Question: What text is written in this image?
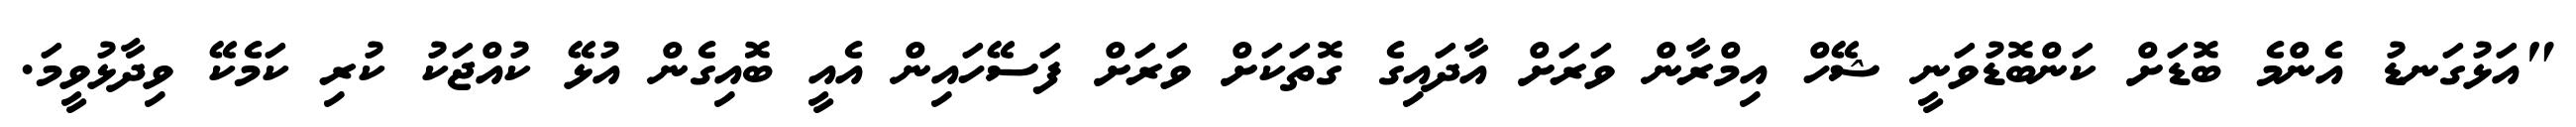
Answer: "އަޅުގަނޑު އެންމެ ބޮޑަށް ކަންބޮޑުވަނީ ޝޭހް އިމްރާން ވަރަށް އާދައިގެ ގޮތަކަށް ވަރަށް ފަސޭހައިން އެއީ ބޮއިގެން އުޅޭ ކުއްޖަކު ކުރި ކަމެކޭ ވިދާޅުވީމަ.